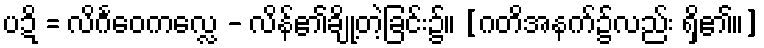
ပဍိ = လိင်္ဂဝေကလ္လေ - လိန်၏ချို့တဲ့ခြင်း၌။ [ဂတိအနက်၌လည်း ရှိ၏။]